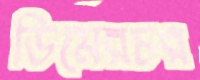
ডিমেরচর